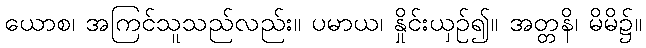
ယောစ၊ အကြင်သူသည်လည်း။ ပမာယ၊ နှိုင်းယှဉ်၍။ အတ္တနိ၊ မိမိ၌။